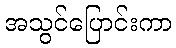
အသွင်ပြောင်းကာ